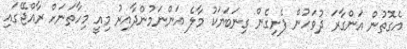
އެގޮތުން އަންގާރަ ދުވަހުން ފެށިގެން ގިނަބަޔަކު މާލެ އަންނަމުންދާއިރު މިއީ މިހާތަނަށް ރާއްޖޭގައި